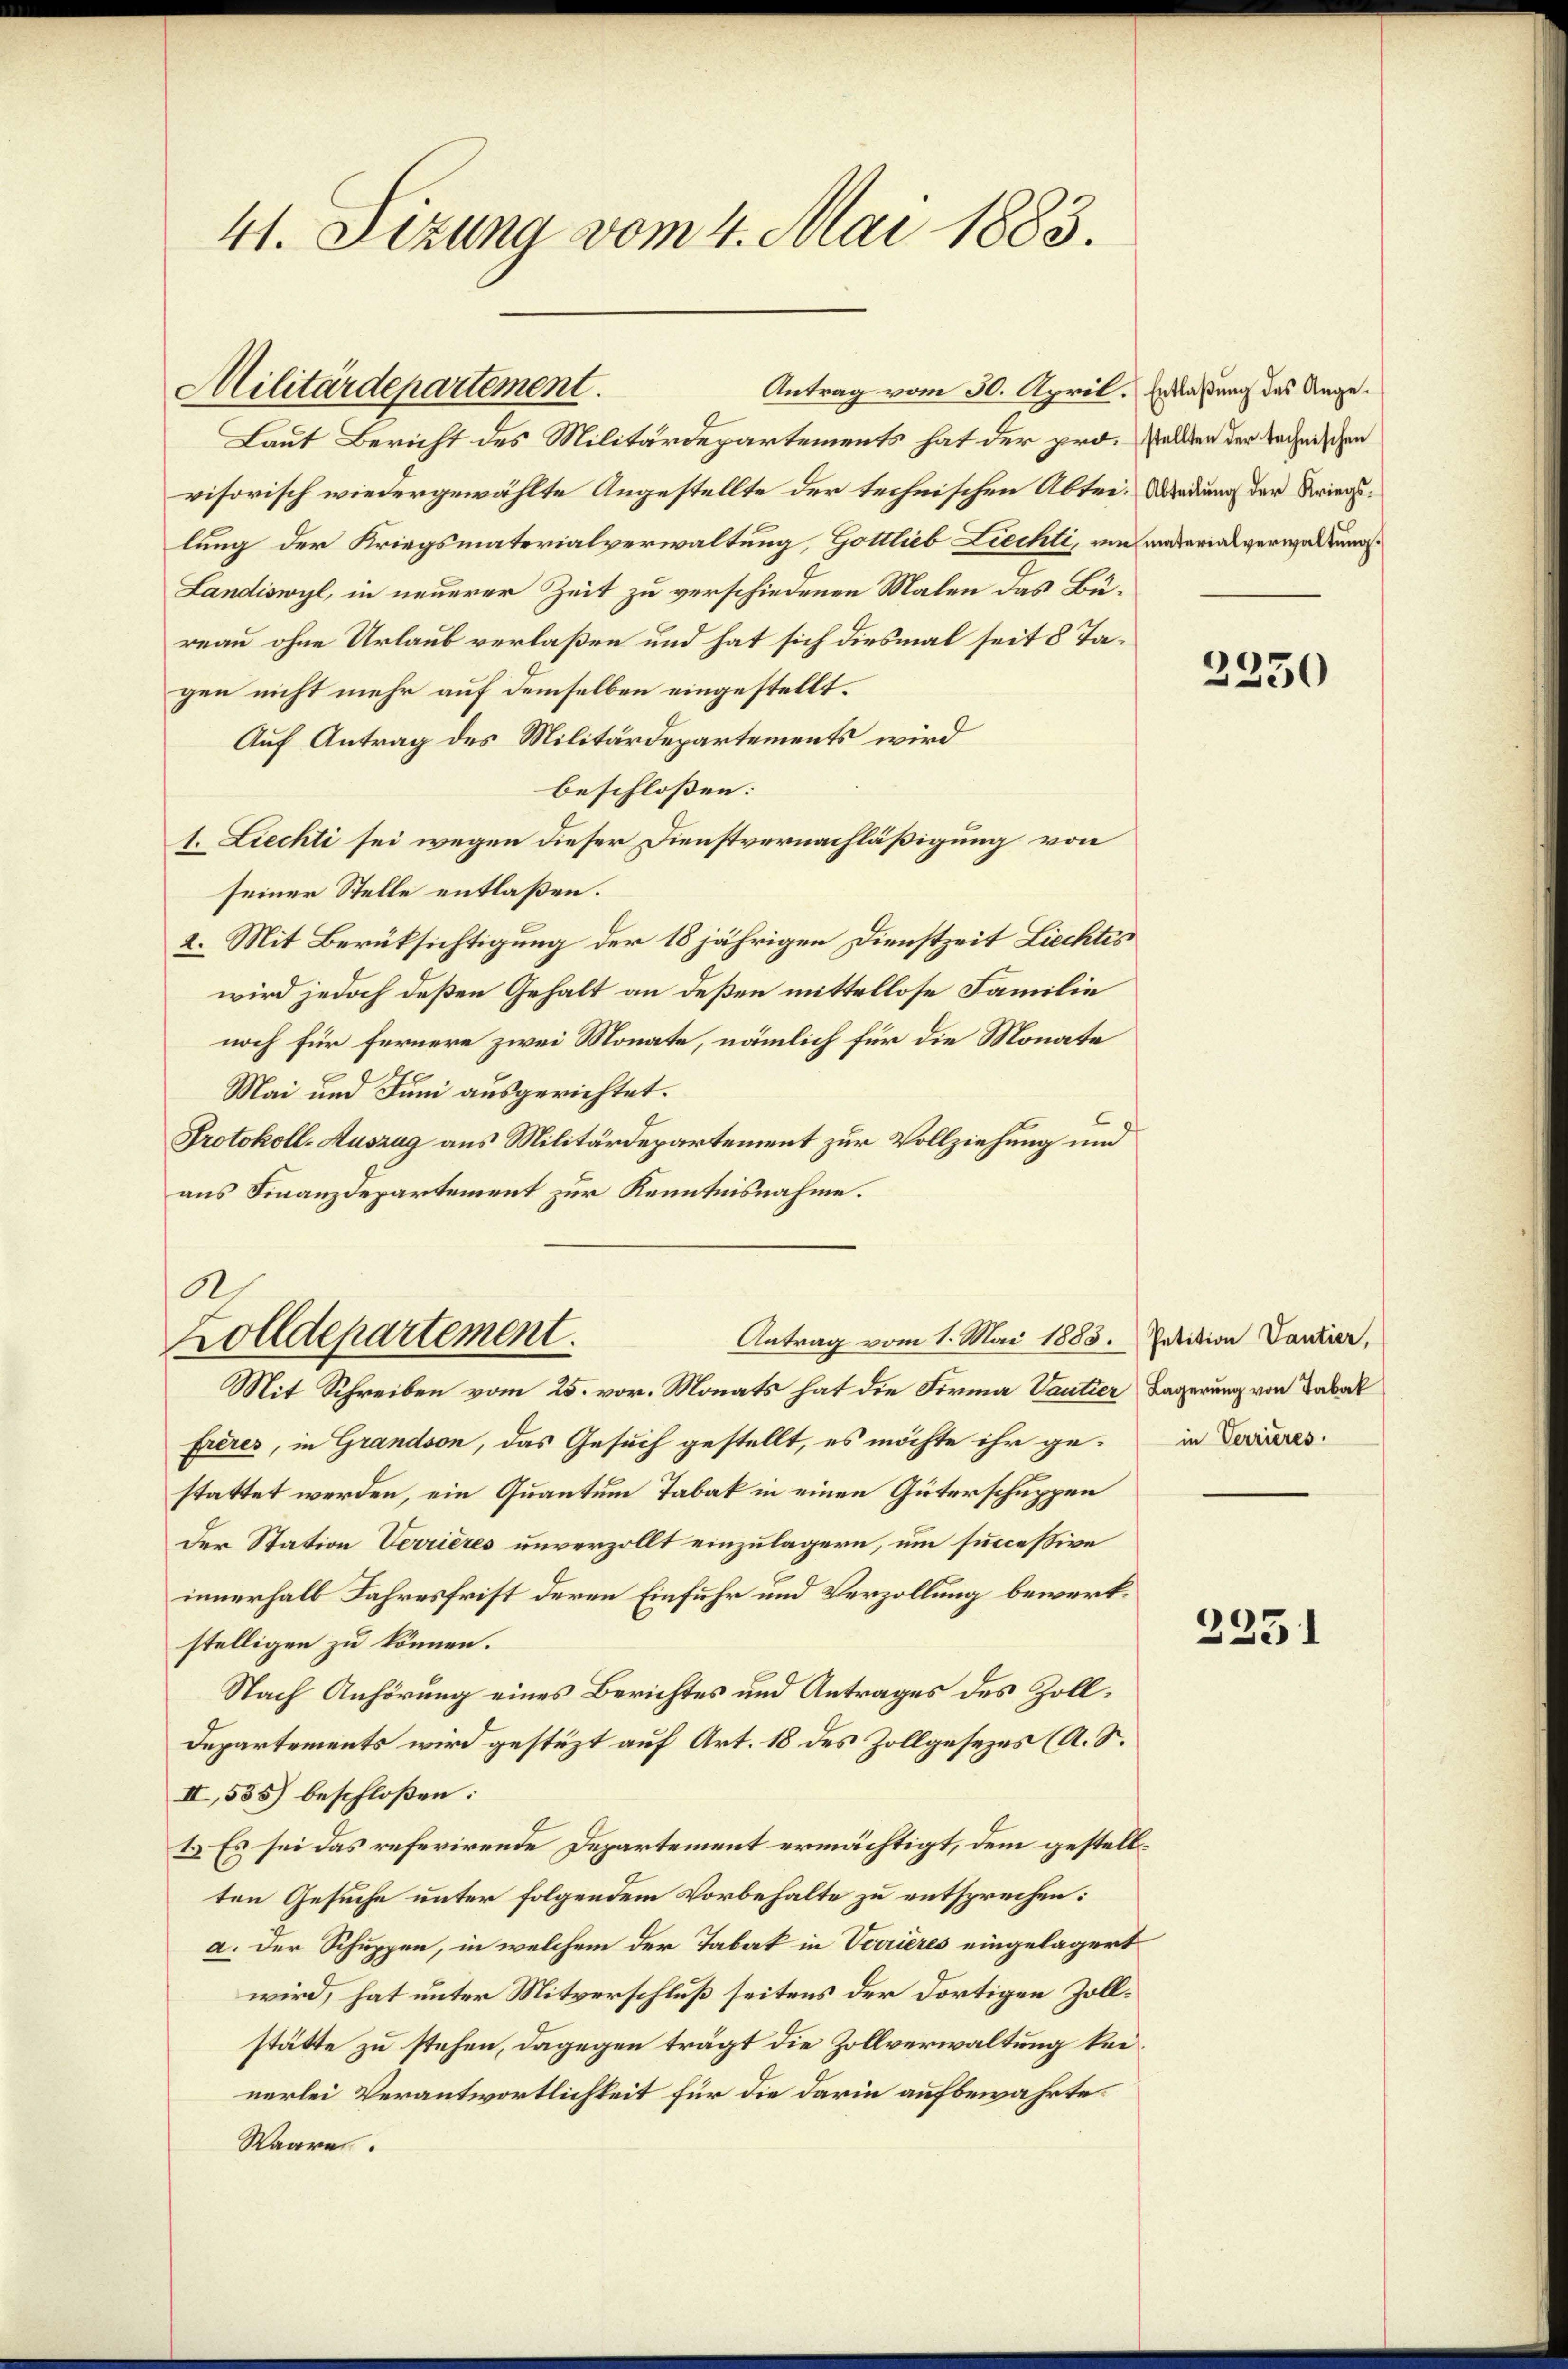
41. Sizung vom 4. Mai 1883.

Laut Bericht des Militärdepartements hat der pro-Walden der technischen
visorisch wiedergewählte Angestellte der technischen Abtre. Wendung der Kriegslung der Kriegsmaterialverwaltung, Gottlieb Liechti, um anderialverwalten
Landiswyl, in neuerer Zeit zu verschiedenen Malen das Büreau ohne Urlaub verlaßen und hat sich diesmal seit 8 Tagen nicht mehr auf demselben eingestellt.
Auf Antrag des Militärdepartements wird
beschloßen:
1. Liechti sei wegen dieser Dienstvernachläßigung von
seiner Stelle entlaßen.
2. Mit Berüksichtigung der 18 jährigen Dienstzeit Liechtes
wird jedoch deßen Gehalt an deßen mittellose Familie
noch für fernere zwei Monate, nämlich für die Monate
Mai und Juni ausgerichtet.
Protokoll-Auszug aus Militärdepartement zur Vollziehung und
aus Finanzdepartement zur Kenntnisnahme.

Militärdepartement.

.
Antrag vom 1. Mai 1883. Petition Vantier,
Zolldepartement.
Mit Schreiben vom 25. vor. Monats hat die Firma Vautier Lagerung von Tabak

Antrag vom 30. April. Entlaßung des Ange¬

frères, in Grandson, das Gesuch gestellt, es möchte ihr gestattet werden, ein Quantum Tabak in einen Güterschuppen
Der Station Verrieres unverzollt einzulagern, um successive
innerhalb Jahresfrist deren Einfuhr und Verzollung bewerkstelligen zu können.
Nach Anhörung eines Berichtes und Antrages des Zoll¬
Departements wird gestüzt auf Art. 18 des Zollgesezes (A. S.
II, 535) beschlossen:
2. Es sei das referirende Departement ermächtigt, dem gestellten Gesuche unter folgendem Vorbehalte zu entsprechen:
a. der Schuppen, in welchem der Tabak in Verrieres eingelagert
wird, hat unter Mitverschluß seitens der dortigen Zollstätte zu stehen, dagegen trägt die Zollverwaltung keinerlei Verantwortlichkeit für die darin aufbewahrte
Waaren.

2350

in Verrieres.

2251